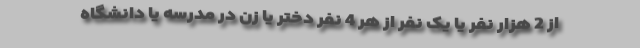
از 2 هزار نفر یا یک نفر از هر 4 نفر دختر یا زن در مدرسه یا دانشگاه